Vaccine operations Central Provinces 1900-1911 - 1900-1911
Year: 1900
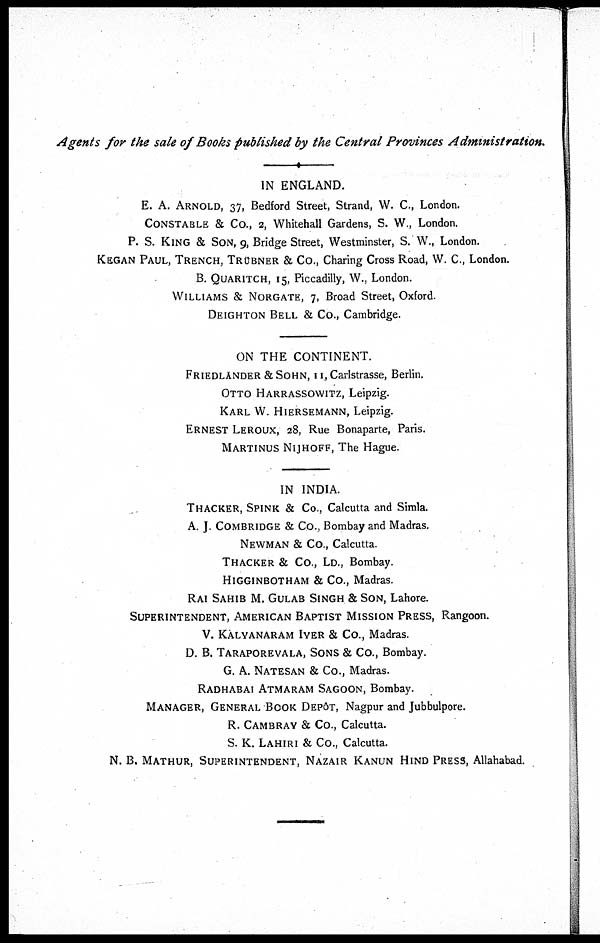
Agents for the sale of Books published by the Central Provinces
Administration.
IN ENGLAND.
E. A. ARNOLD, 37, Bedford Street, Strand, W. C., London.
CONSTABLE & Co., 2, Whitehall Gardens, S. W., London.
P. S. KING & SON, 9, Bridge Street, Westminster, S. W., London.
KEGAN PAUL, TRENCH, TRÜBNER & Co., Charing Cross Road, W. C., London.
B. QUARITCH, 15, Piccadilly, W., London.
WILLIAMS & NORGATE, 7, Broad Street, Oxford.
DEIGHTON BELL & Co., Cambridge.
ON THE CONTINENT.
FRIEDLANDER & SOHN, 11, Carlstrasse, Berlin.
OTTO HARRASSOWITZ, Leipzig.
KARL W. HIERSEMANN, Leipzig.
ERNEST LEROUX, 28, Rue Bonaparte, Paris.
MARTINUS NIJHOFF, The Hague.
IN INDIA.
THACKER, SPINK & Co., Calcutta and Simla.
A. J. COMBRIDGE & Co., Bombay and Madras.
NEWMAN & Co., Calcutta.
THACKER & Co., LD., Bombay.
HIGGINBOTHAM & Co., Madras.
RAI SAHIB M. GULAB SINGH & SON, Lahore.
SUPERINTENDENT, AMERICAN BAPTIST MISSION PRESS, Rangoon.
V. KALYANARAM IYER & Co., Madras.
D. B. TARAPOREVALA, SONS & Co., Bombay.
G. A. NATESAN & Co., Madras.
RADHABAI ATMARAM SAGOON, Bombay.
MANAGER, GENERAL BOOK DEPÔT, Nagpur and Jubbulpore.
R. CAMBRAY & Co., Calcutta.
S. K. LAHIRI & Co., Calcutta.
N. B. MATHUR, SUPERINTENDENT, NAZAIR KANUN HIND PRESS, Allahabad.